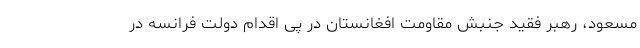
مسعود، رهبر فقید جنبش مقاومت افغانستان در پی اقدام دولت فرانسه در